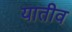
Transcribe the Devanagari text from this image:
यातीव